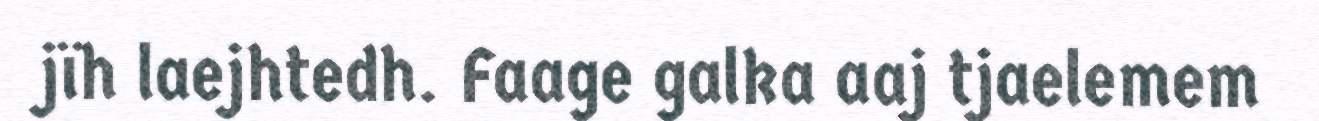
jïh laejhtedh. Faage galka aaj tjaelemem